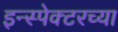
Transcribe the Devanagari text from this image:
इन्स्पेक्टरच्या